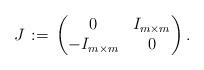
LaTeX: \begin{align*}J\, :=\, \begin{pmatrix}0 & I_{m\times m}\\-I_{m\times m} & 0\end{pmatrix}.\end{align*}